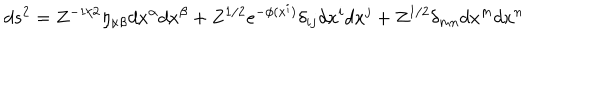
LaTeX: d s ^ { 2 } = Z ^ { - 1 / 2 } \eta _ { \alpha \beta } d x ^ { \alpha } d x ^ { \beta } + Z ^ { 1 / 2 } e ^ { - \phi ( x ^ { i } ) } \delta _ { i j } d x ^ { i } d x ^ { j } + Z ^ { 1 / 2 } \delta _ { m n } d x ^ { m } d x ^ { n }